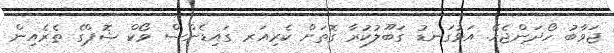
ޖަވާބު ހޯދަންޖެހޭ. އަޅުގަނޑު ގަބޫލުކުރާ ގޮތަށް ކެރިއަރ ގައިޑެންސް ވޯކް ޝޮޕްގެ ތެރެއިން